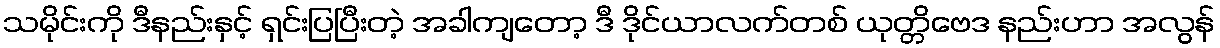
သမိုင်းကို ဒီနည်းနှင့် ရှင်းပြပြီးတဲ့ အခါကျတော့ ဒီ ဒိုင်ယာလက်တစ် ယုတ္တိဗေဒ နည်းဟာ အလွန်